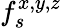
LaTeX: f_{s}^{x,y,z}